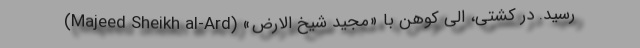
رسید. در کشتی، الی کوهن با «مجید شیخ الارض» (Majeed Sheikh al-Ard)